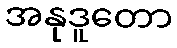
အနုဒူတော